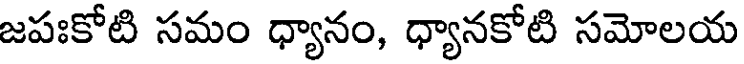
జపఃకోటి సమం ధ్యానం, ధ్యానకోటి సమోలయ